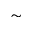
\sim